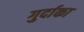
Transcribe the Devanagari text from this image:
गुर्दाका